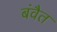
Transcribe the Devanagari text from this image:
बंवैत